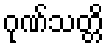
ဂုဏ်သတ္တိ